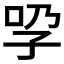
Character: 𡥕